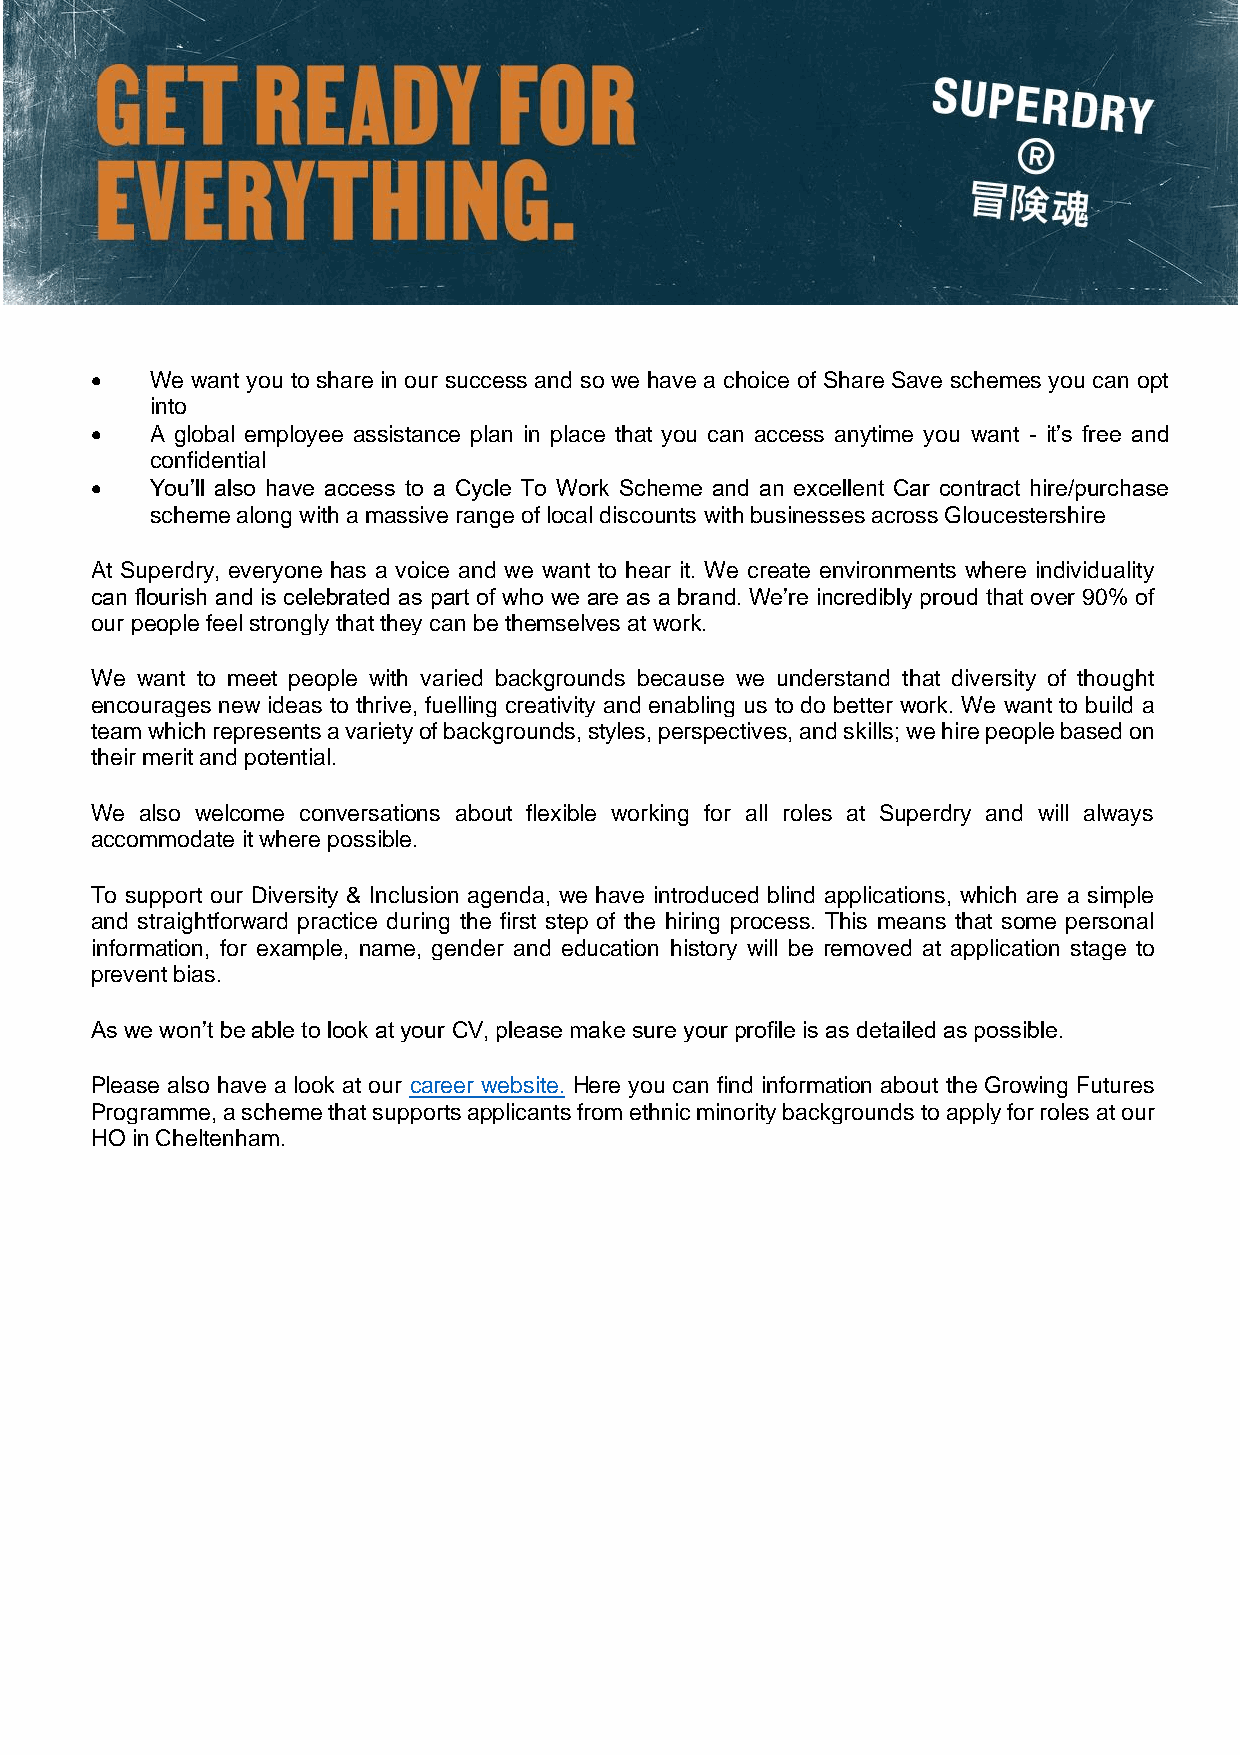
•   We want you to share in our success and so we have a choice of Share Save schemes you can opt
 into
 •   A global employee assistance plan in place that you can access anytime you want - it’s free and
 confidential
 •   You’ll also have access to a Cycle To Work Scheme and an excellent Car contract hire/purchase
 scheme along with a massive range of local discounts with businesses across Gloucestershire
 At Superdry, everyone has a voice and we want to hear it. We create environments where individuality
 can flourish and is celebrated as part of who we are as a brand. We’re incredibly proud that over 90% of
 our people feel strongly that they can be themselves at work.
 We want to meet people with varied backgrounds because we understand that diversity of thought
 encourages new ideas to thrive, fuelling creativity and enabling us to do better work. We want to build a
 team which represents a variety of backgrounds, styles, perspectives, and skills; we hire people based on
 their merit and potential.
 We also welcome conversations about flexible working for all roles at Superdry and will always
 accommodate it where possible.
 To support our Diversity & Inclusion agenda, we have introduced blind applications, which are a simple
 and straightforward practice during the first step of the hiring process. This means that some personal
 information, for example, name, gender and education history will be removed at application stage to
 prevent bias.
 As we won’t be able to look at your CV, please make sure your profile is as detailed as possible.
 Please also have a look at our career website. Here you can find information about the Growing Futures
 Programme, a sche me that supports applicants from ethnic minority backgrounds to apply for roles at our
 HO in Cheltenham.